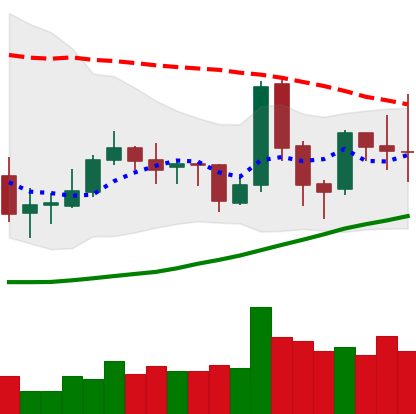
Ticker: TRX-USD
Chart end date: 2019-03-30
Forward return: 11.549%
Label: up_7plus